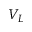
V _ { L }